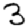
Digit: 3